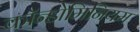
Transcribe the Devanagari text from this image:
कॉन्डोमिनियम